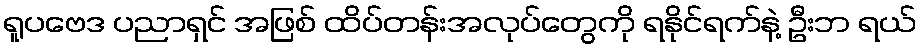
ရူပဗေဒ ပညာရှင် အဖြစ် ထိပ်တန်းအလုပ်တွေကို ရနိုင်ရက်နဲ့ ဦးဘ ရယ်